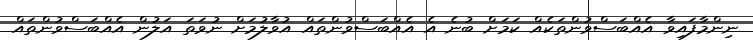
ނިންމާފައިވާ އެއްބަސްވުންތަކެއް ކަމަށް ބުނެ އެ އެއްބަސްވުންތައް އުވާލުމަށް ނުވަތަ އަލުން އެއްބަސްވުންތައް